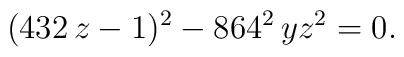
(432\,z-1)^2-864^2\,yz^2=0.